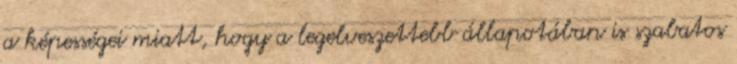
a képességei miatt, hogy a legelveszettebb állapotában is szabatos